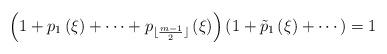
LaTeX: \begin{align*} \left(1+p_1\left(\xi\right)+\cdots+p_{\lfloor\frac{m-1}{2}\rfloor}\left(\xi\right)\right)\left(1+\tilde{p}_1\left(\xi\right)+\cdots\right)=1 \end{align*}